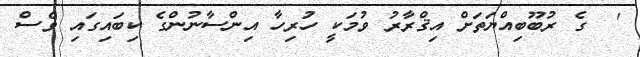
'  ގެ ރުބޫބިއްޔަތަށް އިޤްރާރު ވުމަކީ ހުރިހާ އިންސާނުންގެ ކިބައިގައި ވެސް